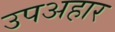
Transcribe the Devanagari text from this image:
उपअहार